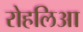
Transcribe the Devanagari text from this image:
रोहलिआ